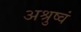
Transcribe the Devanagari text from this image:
अश्रुष्वं